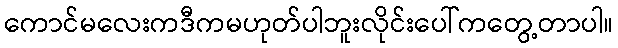
ကောင်မလေးကဒီကမဟုတ်ပါဘူးလိုင်းပေါ်ကတွေ့တာပါ။